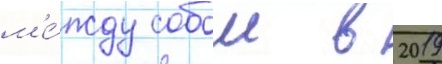
м'е́жду собои в 2019